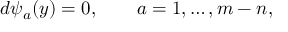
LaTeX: d \psi _ { a } ( y ) = 0 , \qquad a = 1 , \ldots , m - n ,